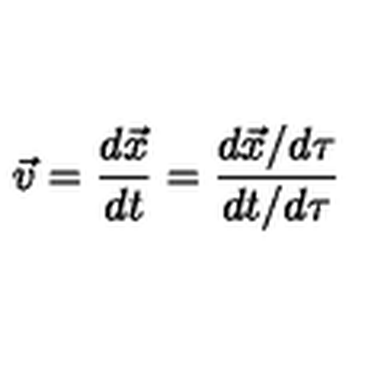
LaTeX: \vec { v } = \frac { d \vec { x } } { d t } = \frac { d \vec { x } / d \tau } { d t / d \tau }